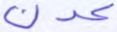
عدن